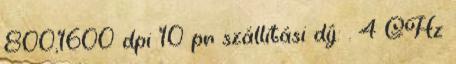
800,1600 dpi 10 pr szállítási díj: . 4 GHz